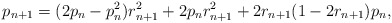
\begin{align*}p_{n+1}=(2p_n-p_n^2)r_{n+1}^2+2p_nr_{n+1}^2+2r_{n+1}(1-2r_{n+1})p_n,\end{align*}